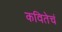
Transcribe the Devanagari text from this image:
कवितेचं